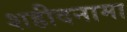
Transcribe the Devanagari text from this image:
शहीदनामा